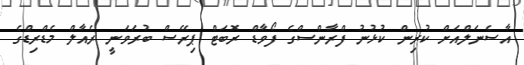
އާސެނަލްއަށް ކުރިން ކުޅުނު ފްރާންސްގެ ފޯވާޑް ރޮބަޓް ޕިރޭސް ބުރަވަނީ ރެއާލް މެޑްރިޑްގެ